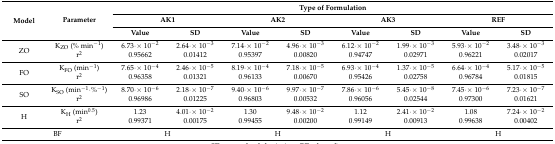
<table><thead><tr><td rowspan="3"><b>Model</b></td><td rowspan="3"><b>Parameter</b></td><td colspan="8"><b>Type of Formulation</b></td></tr><tr><td colspan="2"><b>AK1</b></td><td colspan="2"><b>AK2</b></td><td colspan="2"><b>AK3</b></td><td colspan="2"><b>REF</b></td></tr><tr><td><b>Value</b></td><td><b>SD</b></td><td><b>Value</b></td><td><b>SD</b></td><td><b>Value</b></td><td><b>SD</b></td><td><b>Value</b></td><td><b>SD</b></td></tr></thead><tbody><tr><td rowspan="2">ZO</td><td>K<sub>ZO</sub> (% min<sup>−1</sup>)</td><td>6.73∙× 10<sup>−2</sup></td><td>2.64∙× 10<sup>−3</sup></td><td>7.14∙× 10<sup>−2</sup></td><td>4.96∙× 10<sup>−3</sup></td><td>6.12∙× 10<sup>−2</sup></td><td>1.99∙× 10<sup>−3</sup></td><td>5.93∙× 10<sup>−2</sup></td><td>3.48∙× 10<sup>−3</sup></td></tr><tr><td>r<sup>2</sup></td><td>0.95662</td><td>0.01412</td><td>0.95397</td><td>0.00820</td><td>0.94747</td><td>0.02971</td><td>0.96221</td><td>0.02017</td></tr><tr><td rowspan="2">FO</td><td>K<sub>FO</sub> (min<sup>−1</sup>)</td><td>7.65∙× 10<sup>−4</sup></td><td>2.46∙× 10<sup>−5</sup></td><td>8.19∙× 10<sup>−4</sup></td><td>7.18∙× 10<sup>−5</sup></td><td>6.93∙× 10<sup>−4</sup></td><td>1.37∙× 10<sup>−5</sup></td><td>6.64∙× 10<sup>−4</sup></td><td>5.17∙× 10<sup>−5</sup></td></tr><tr><td>r<sup>2</sup></td><td>0.96358</td><td>0.01321</td><td>0.96133</td><td>0.00670</td><td>0.95426</td><td>0.02758</td><td>0.96784</td><td>0.01815</td></tr><tr><td rowspan="2">SO</td><td>K<sub>SO</sub> (min<sup>−1</sup>∙%<sup>−1</sup>)</td><td>8.70∙× 10<sup>−6</sup></td><td>2.18∙× 10<sup>−7</sup></td><td>9.40∙× 10<sup>−6</sup></td><td>9.97∙× 10<sup>−7</sup></td><td>7.86∙× 10<sup>−6</sup></td><td>5.45∙× 10<sup>−8</sup></td><td>7.45∙× 10<sup>−6</sup></td><td>7.23∙× 10<sup>−7</sup></td></tr><tr><td>r<sup>2</sup></td><td>0.96986</td><td>0.01225</td><td>0.96803</td><td>0.00532</td><td>0.96056</td><td>0.02544</td><td>0.97300</td><td>0.01621</td></tr><tr><td rowspan="2">H</td><td>K<sub>H</sub> (min<sup>0.5</sup>)</td><td>1.23</td><td>4.01∙× 10<sup>−2</sup></td><td>1.30</td><td>9.48∙× 10<sup>−2</sup></td><td>1.12</td><td>2.41∙× 10<sup>−2</sup></td><td>1.08</td><td>7.24∙× 10<sup>−2</sup></td></tr><tr><td>r<sup>2</sup></td><td>0.99371</td><td>0.00175</td><td>0.99455</td><td>0.00200</td><td>0.99149</td><td>0.00913</td><td>0.99638</td><td>0.00402</td></tr><tr><td colspan="2">BF</td><td colspan="2">H</td><td colspan="2">H</td><td colspan="2">H</td><td colspan="2">H</td></tr></tbody></table>